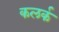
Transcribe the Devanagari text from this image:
कलर्क